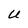
Character: U